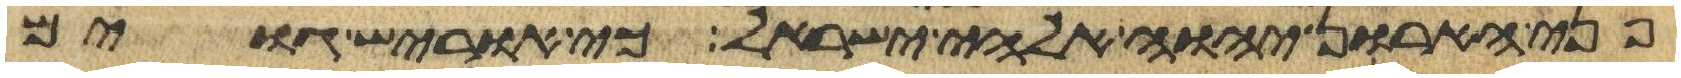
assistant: פני הארון יהוה אלהי ישראל כי אוריש גוים